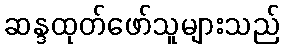
ဆန္ဒထုတ်ဖော်သူများသည်